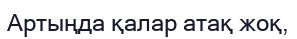
Артыңда қалар атақ жоқ,